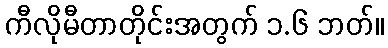
ကီလိုမီတာတိုင်းအတွက် ၁.၆ ဘတ်။